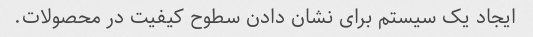
ایجاد یک سیستم برای نشان دادن سطوح کیفیت در محصولات.